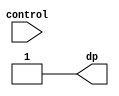
module decimal_select(
		control,
		dp
);
			input [1:0] control;
			output      dp;
			assign dp = (control == 2'b11) ? 1'b1 : 
							(control == 2'b10) ? 1'b1 : 
							(control == 2'b01) ? 1'b1 : 
							1'b1;
endmodule